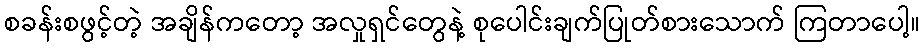
စခန်းစဖွင့်တဲ့ အချိန်ကတော့ အလှုရှင်တွေနဲ့ စုပေါင်းချက်ပြုတ်စားသောက် ကြတာပေါ့။